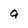
Character: a